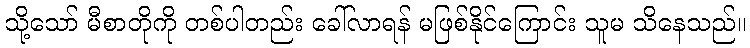
သို့သော် မီစာတိုကို တစ်ပါတည်း ခေါ်လာရန် မဖြစ်နိုင်ကြောင်း သူမ သိနေသည်။